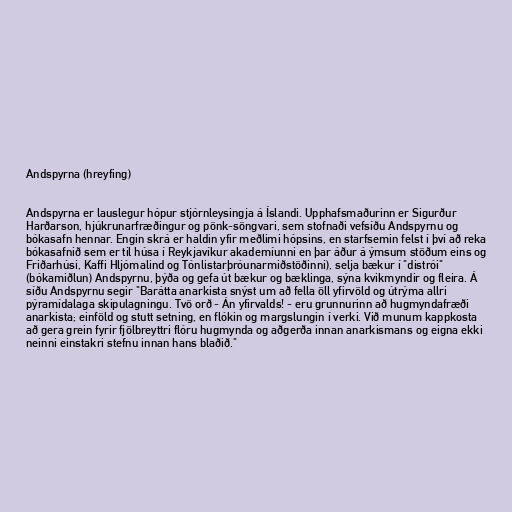
Andspyrna (hreyfing)

Andspyrna er lauslegur hópur stjórnleysingja á Íslandi. Upphafsmaðurinn er Sigurður
Harðarson, hjúkrunarfræðingur og pönk-söngvari, sem stofnaði vefsíðu Andspyrnu og
bókasafn hennar. Engin skrá er haldin yfir meðlimi hópsins, en starfsemin felst í því að reka
bókasafnið sem er til húsa í Reykjavíkur akademíunni en þar áður á ýmsum stöðum eins og
Friðarhúsi, Kaffi Hljómalind og Tónlistarþróunarmiðstöðinni), selja bækur í "distrói"
(bókamiðlun) Andspyrnu, þýða og gefa út bækur og bæklinga, sýna kvikmyndir og fleira. Á
síðu Andspyrnu segir "Barátta anarkista snýst um að fella öll yfirvöld og útrýma allri
pýramídalaga skipulagningu. Tvö orð - Án yfirvalds! - eru grunnurinn að hugmyndafræði
anarkista; einföld og stutt setning, en flókin og margslungin í verki. Við munum kappkosta
að gera grein fyrir fjölbreyttri flóru hugmynda og aðgerða innan anarkismans og eigna ekki
neinni einstakri stefnu innan hans blaðið."